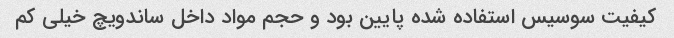
کیفیت سوسیس استفاده شده پایین بود و حجم مواد داخل ساندویچ خیلی کم